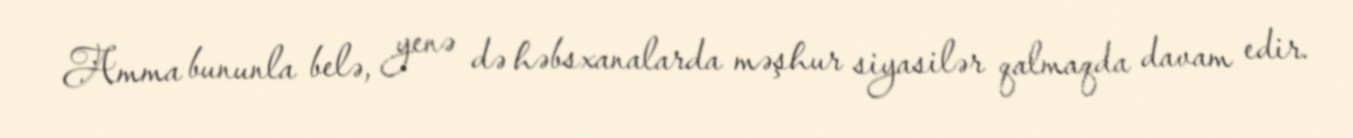
Amma bununla belə, yenə də həbsxanalarda məşhur siyasilər qalmaqda davam edir.